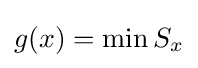
g(x)=\min S_{x}